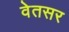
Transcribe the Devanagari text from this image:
वेतसर